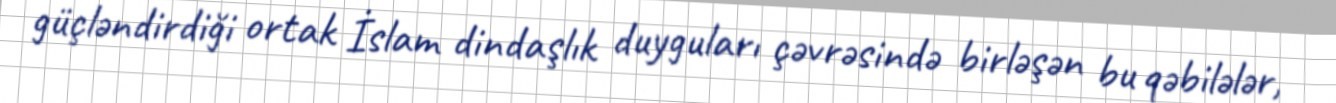
güçləndirdiği ortak İslam dindaşlık duyguları çəvrəsində birləşən bu qəbilələr,